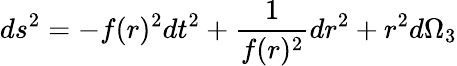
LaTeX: ds^{2}=-f(r)^{2}dt^{2}+{\frac{1}{f(r)^{2}}}dr^{2}+r^{2}d\Omega_{3}